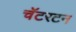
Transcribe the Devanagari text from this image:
चॅटरटन